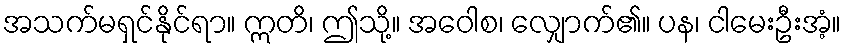
အသက်မရှင်နိုင်ရာ။ ဣတိ၊ ဤသို့။ အဝေါစ၊ လျှောက်၏။ ပန၊ ငါမေးဦးအံ့။